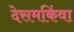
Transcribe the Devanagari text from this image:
देसमकिंवा